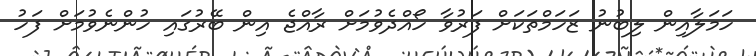
ހަމަލާއިން ލިބުނު ޒަހަމްތަކަށް ފަރުވާ ހޯއްދެވުމަށް ރާއްޖެ އިން ބޭރުގައި ހުންނެވުމަށް ފަހު